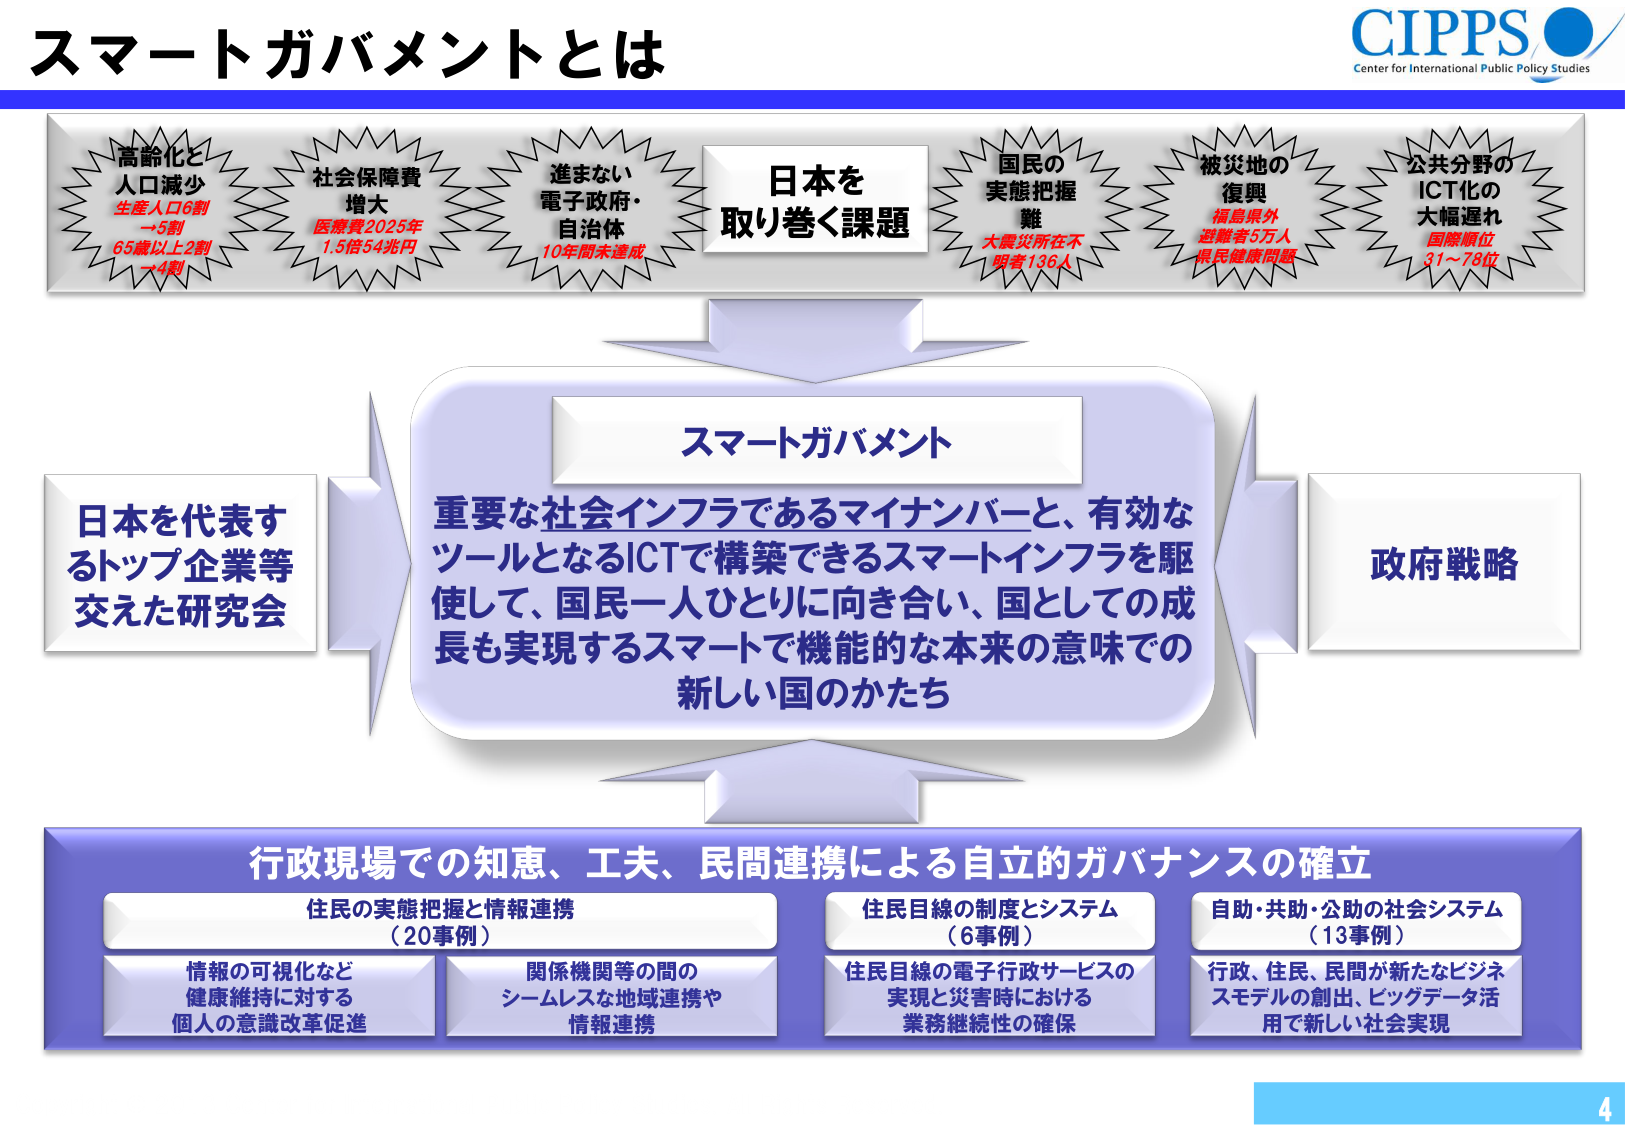
スマートガバメントとは

CIPPS
Center for International Public Policy Studies

高齢化と
人口減少
生産人口6割
→5割
65歳以上2割
→4割

社会保障費
増大
医療費2025年
1.5倍54兆円

進まない
電子政府・
自治体
10年間未達成

日本を
取り巻く課題

国民の
実態把握
難
大震災所在不
明者136人

被災地の
復興
福島県外
避難者5万人
県民健康問題

公共分野の
ICT化の
大幅遅れ
国際順位
31～78位

スマートガバメント
重要な社会インフラであるマイナンバーと、有効な
ツールとなるICTで構築できるスマートインフラを駆
使して、国民一人ひとりに向き合い、国としての成
長も実現するスマートで機能的な本来の意味での
新しい国のかたち

日本を代表す
るトップ企業等
交えた研究会

政府戦略

行政現場での知恵、工夫、民間連携による自立的ガバナンスの確立

住民の実態把握と情報連携
（20事例）
情報の可視化など
健康維持に対する
個人の意識改革促進
関係機関等の間の
シームレスな地域連携や
情報連携

住民目線の制度とシステム
（6事例）
住民目線の電子行政サービスの
実現と災害時における
業務継続性の確保

自助・共助・公助の社会システム
（13事例）
行政、住民、民間が新たなビジネ
スモデルの創出、ビッグデータ活
用で新しい社会実現

4